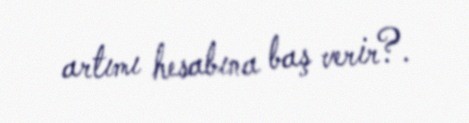
artımı hesabına baş verir?.